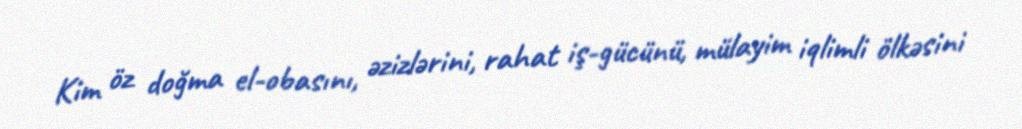
Kim öz doğma el-obasını, əzizlərini, rahat iş-gücünü, mülayim iqlimli ölkəsini